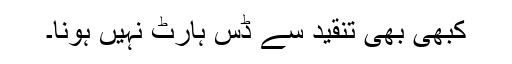
کبھی بھی تنقید سے ڈس ہارٹ نہیں ہونا۔